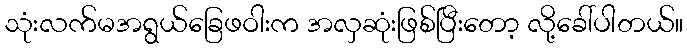
သုံးလက်မအရွယ်ခြေဖဝါးက အလှဆုံးဖြစ်ပြီးတော့ လို့ခေါ်ပါတယ်။